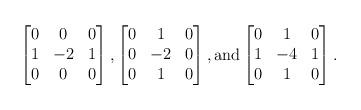
LaTeX: \begin{align*}\begin{bmatrix} 0 & 0 & 0 \\ 1& -2 & 1\\ 0 & 0 & 0\end{bmatrix},\begin{bmatrix} 0 & 1 & 0 \\ 0& -2 & 0\\ 0 & 1 & 0\end{bmatrix},\mbox{and} \begin{bmatrix} 0 & 1 & 0 \\ 1& -4 & 1\\ 0 & 1 & 0\end{bmatrix}.\end{align*}